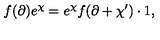
f ( \partial ) e ^ { \chi } = e ^ { \chi } f ( \partial + \chi ^ { \prime } ) \cdot 1 ,